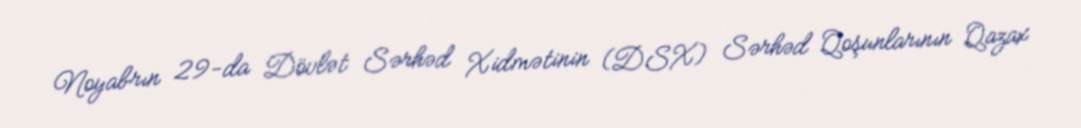
Noyabrın 29-da Dövlət Sərhəd Xidmətinin (DSX) Sərhəd Qoşunlarının Qazax